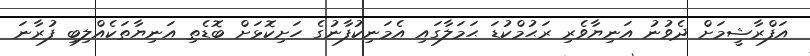
އަފްރާޝީމަށް ދެވުނު އަނިޔާވެރި ރަޙުމްކުޑަ ޙަމަލާގައި އެމަނިކުފާނުގެ ހަށިކޮޅަށް ބޮޑެތި އަނިޔާތަކެއްލިބި ފުރާނަ